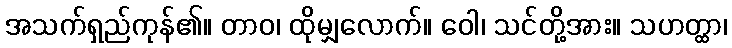
အသက်ရှည်ကုန်၏။ တာဝ၊ ထိုမျှလောက်။ ဝေါ၊ သင်တို့အား။ သဟတ္ထာ၊